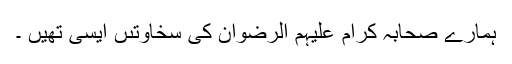
ہمارے صَحابۂ کرام عَلَیْہِمُ الرِّضْوَان کى سخاوتىں ایسی تھیں ۔